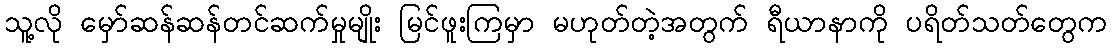
သူ့လို မှော်ဆန်ဆန်တင်ဆက်မှုမျိုး မြင်ဖူးကြမှာ မဟုတ်တဲ့အတွက် ရီယာနာကို ပရိတ်သတ်တွေက